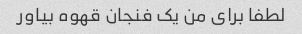
لطفا برای من یک فنجان قهوه بیاور